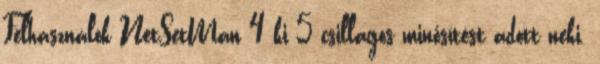
Felhasználók NetSetMan 4 ki 5 csillagos minősítést adott neki.